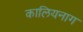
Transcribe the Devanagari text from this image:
कालियनाग